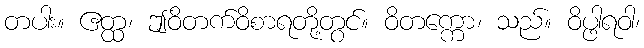
တပါး။ ဧတ္ထ၊ ဤဝိတက်ဝိစာရတို့တွင်။ ဝိတက္ကော၊ သည်။ ဝိပ္ဖါရဝါ၊